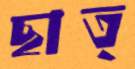
ছাত্